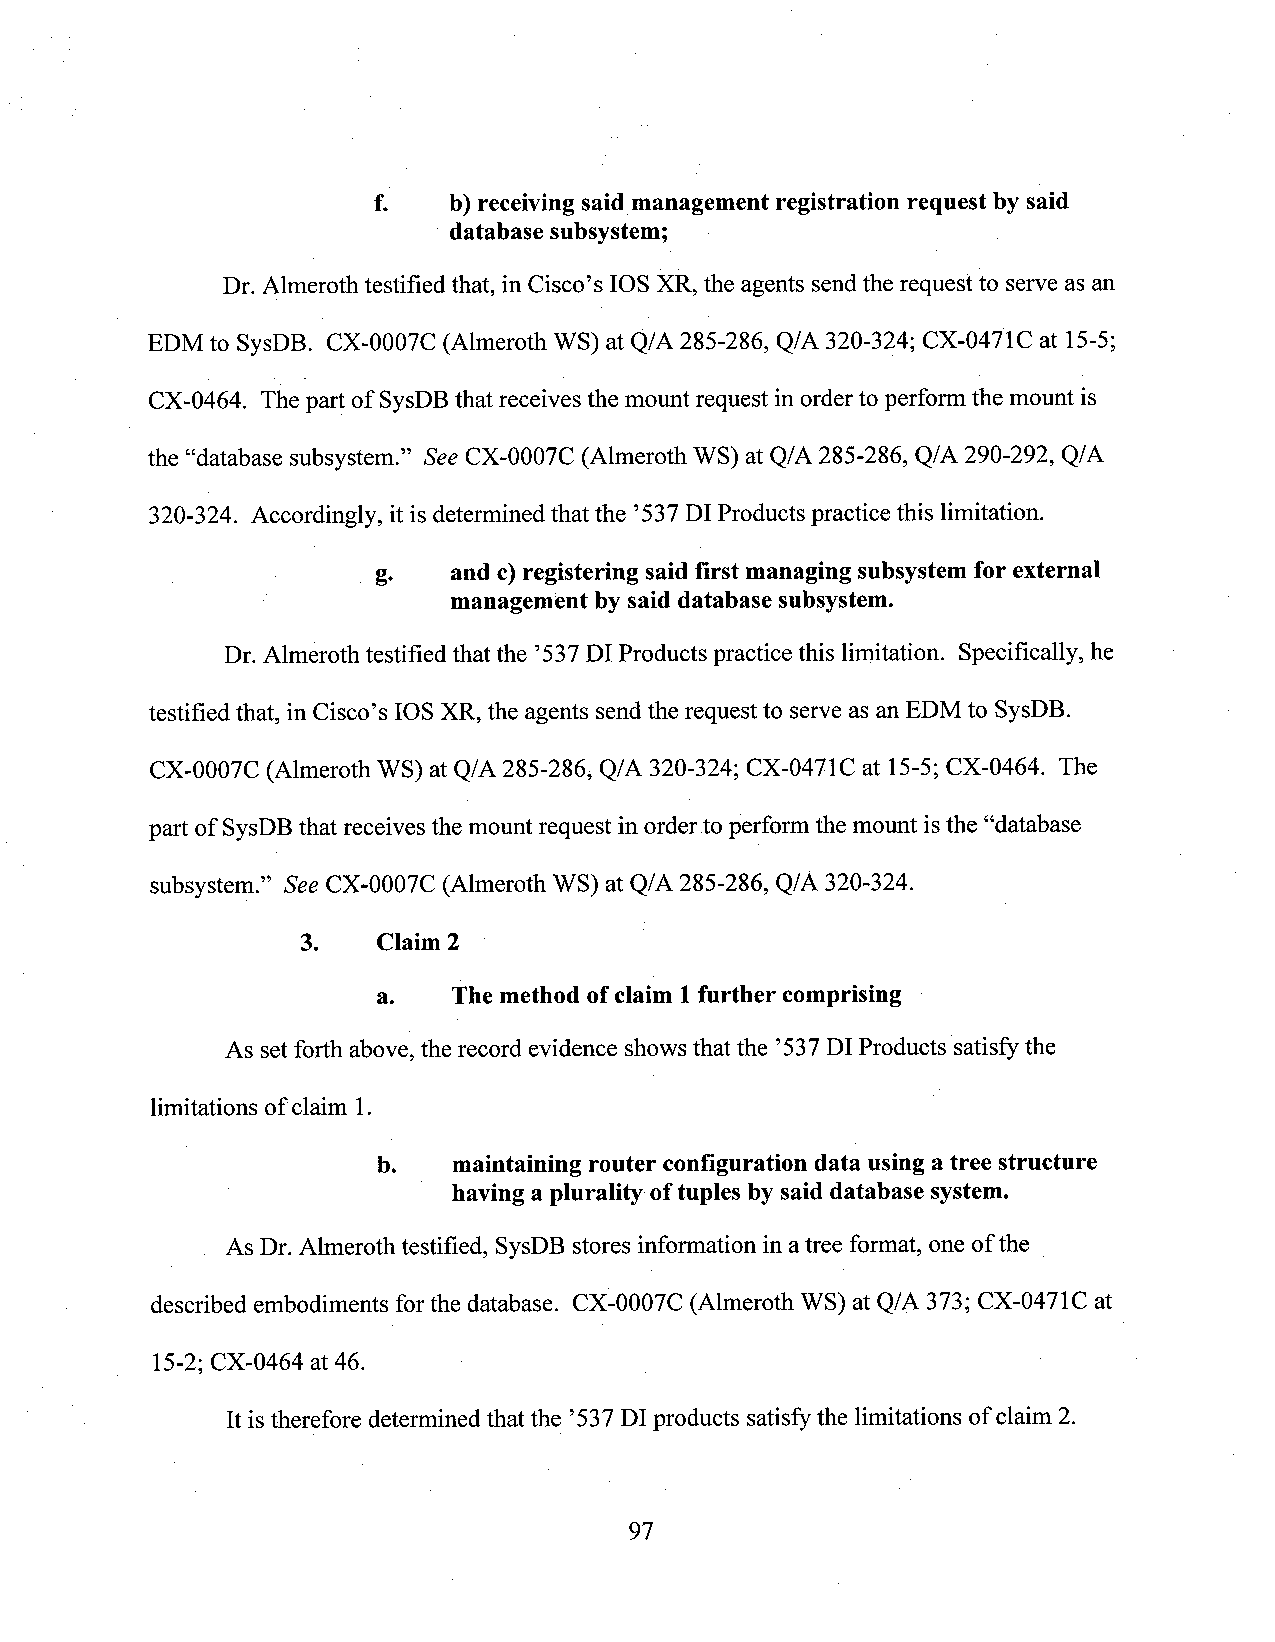
f.   b) receivingsaidmanagement registration request by said
 ' database subsystem;                .
 Dr. Almeroth testified that, in Cisco’s IOS XR, the agents sendthe request to serve as an
 EDM to SysDB. CX-0007C (Almeroth WS) at Q/A 285-286, Q/A 320-324; CX-0471C at 15-5;
 CX-0464. The part of SysDBthat receives the mount request in orderto perform the mount is
 the “database subsystem.” See CX-0007C (Almeroth WS) at Q/A 285-286, Q/A 290-292, Q/A
 320-324. Accordingly, it is determined that the ’537 DI Productspractice this limitation.
 g.   and c)registering said first managing subsystemfor external
 management by said database subsystem.
 Dr. Almeroth testified that the ’537DI Products practice this limitation. Specifically, he
 testified that, in Cisc0’s IOS XR, the agents send the request to serve as an EDM to SysDB.
 CX-0007C (Almeroth WS) at Q/A 285-286, Q/A 320-324; CX-0471C at 15-5;CX-0464. The
 part of SysDBthat receives the mount request inorder toperform the mount isthe “database
 subsystem.” See CX-0007C (Almeroth WS) at Q/A 285-286, Q/A 320-324.
 3.   Claim 2
 a.   The method ofclaim 1further comprising
 As setforth above, the record evidence shows that the ’537DI Products satisfy the
 limitations of claim 1.
 b.   maintaining router configuration data usinga tree structure
 having a plurality oftuples bysaid database system.
 As Dr. Almeroth testified, SysDB stores information inatree format, one of the
 described embodiments forthe database. CX-0007C (Almeroth WS) at Q/A 373; CX-0471C at
 15-2; CX-0464 at 46.             _                         ­
 It istherefore determined that the ’537DI products satisfythe limitations of claim 2.
 97